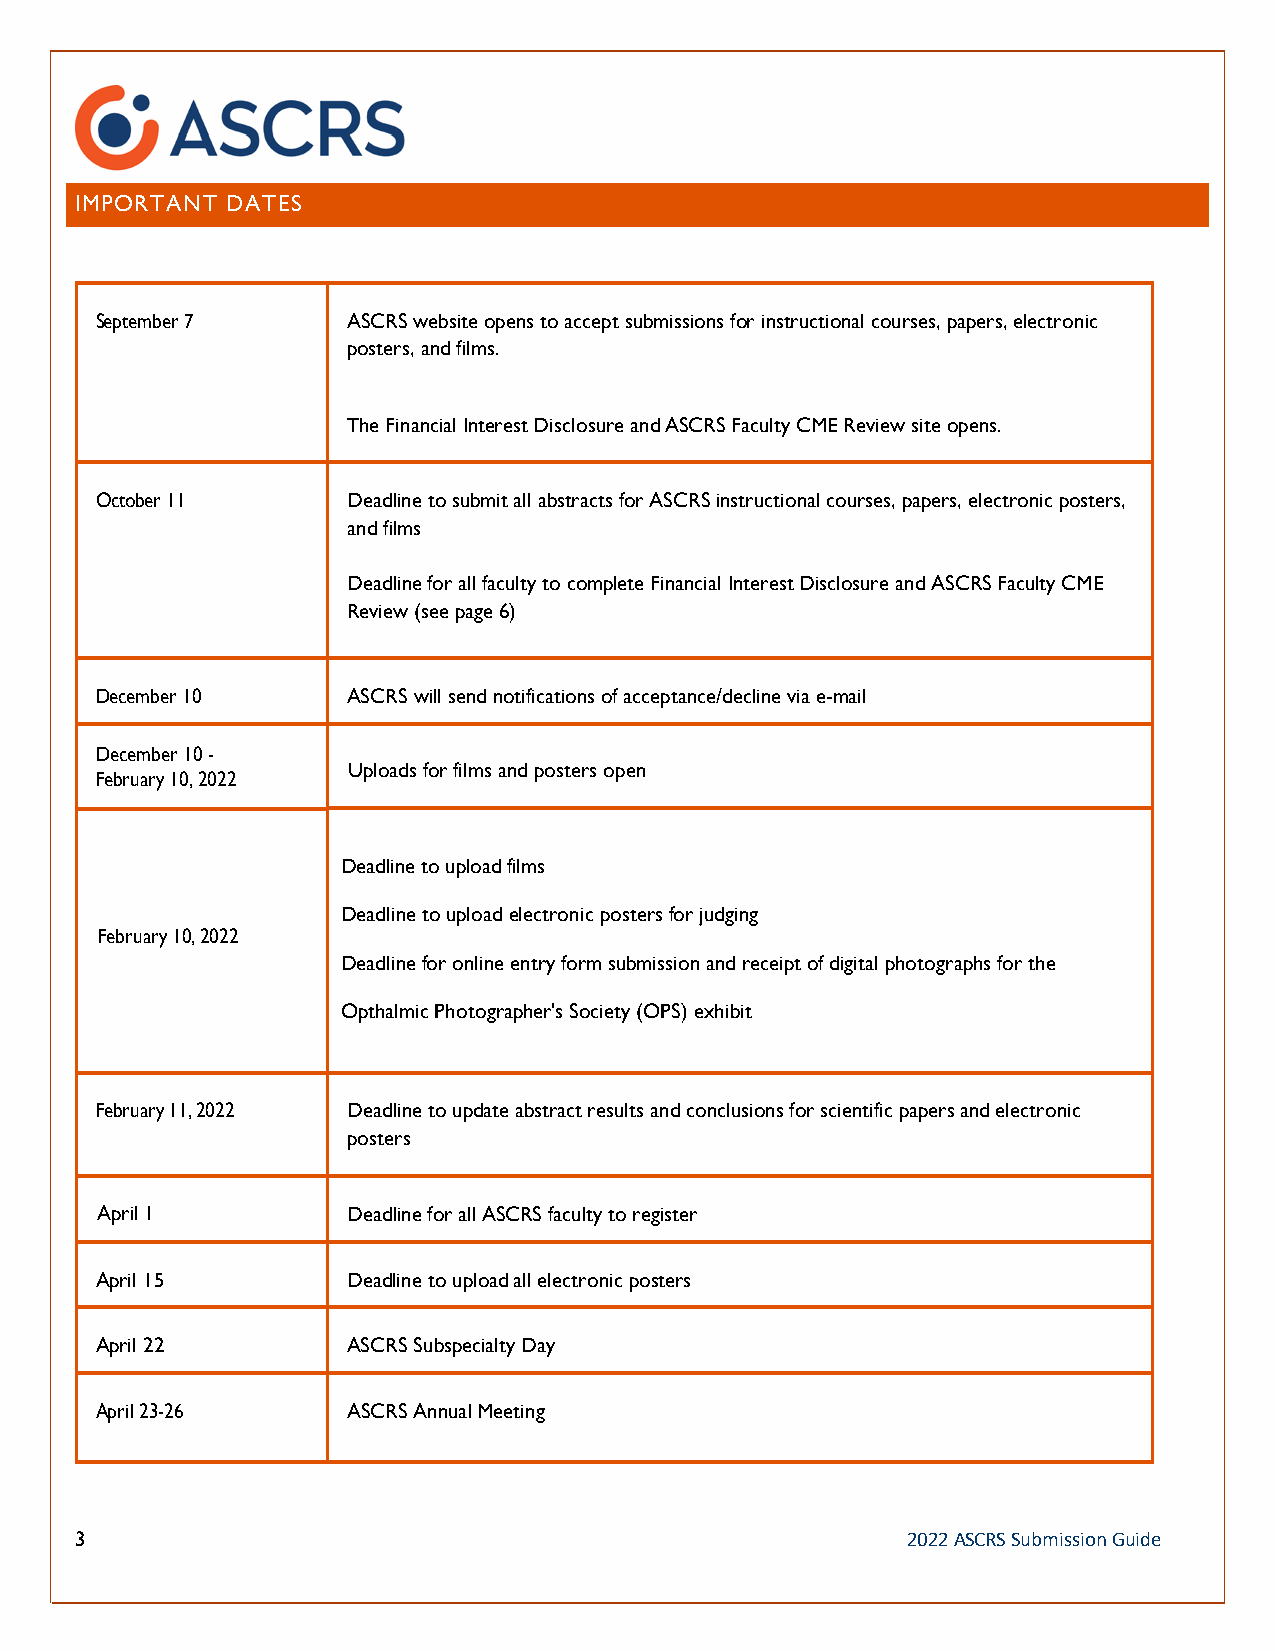
IMPORTANT DATES
 September 7      ASCRS website opens to accept submissions for instructional courses, papers, electronic
 posters, and films.
 The Financial Interest Disclosure and ASCRS Faculty CME Review site opens.
 October 11       Deadline to submit all abstracts for ASCRS instructional courses, papers, electronic posters,
 and films
 Deadline for all faculty to complete Financial Interest Disclosure and ASCRS Faculty CME
 Review (see page 6)
 December 10      ASCRS will send notifications of acceptance/decline via e-mail
 December 10 -
 Uploads for films and posters open
 February 10, 2022
 Deadline to upload films
 Deadline to upload electronic posters for judging
 February 10, 2022
 Deadline for online entry form submission and receipt of digital photographs for the
 Opthalmic Photographer's Society (OPS) exhibit
 February 11, 2022 Deadline to update abstract results and conclusions for scientific papers and electronic
 posters
 April 1          Deadline for all ASCRS faculty to register
 April 15         Deadline to upload all electronic posters
 April 22         ASCRS Subspecialty Day
 April 23-26      ASCRS Annual Meeting
 3                                                      2022 ASCRS Submission Guide